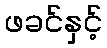
ဖခင်နှင့်